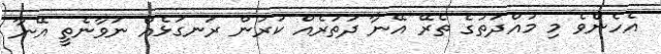
އެހެންވެ މި މުއްދަތުގެ ތެރޭ އޭނާ ދަތުރެއް ކުރުން ރަނގަޅެއް ނުވާނެތީ އޭނާ